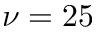
\nu = 2 5